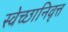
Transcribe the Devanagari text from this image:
स्वेच्छानिवृत्त